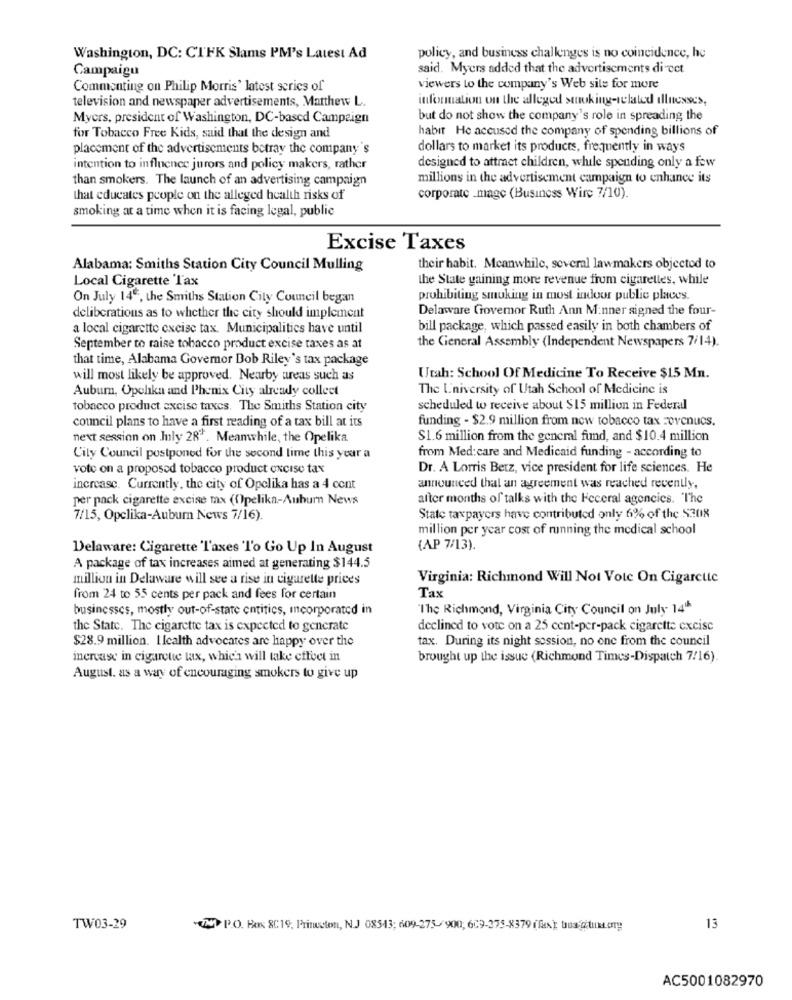
Washington, DC: CTFK Slams PM's Latest Ad
policy, and business challenges is no coincidence, he
Campaigu
said. Myers added that the advertisements direct
Commenting on Philip Morris' latest series of
viewers to the company's Web site for more
television and newspaper advertisements, Matthew L.
information on the alleged stnoking-related illnesses,
Myers, president of Washington, DC-based Campaign
but do not show the company's role in spreading the
habit He accused the company of spending billions of
for Tobacco Free Kids, said that the design and
placement of the advertisements betray the company's
dollars to market its products, frequently in ways
designed to attract children, while spending only a few
intention to influence jurors and policy makers, rather
than smokers. The launch of an advertising campaign
millions in the advertisement campaign to enhance its
that educates people on the alleged health risks of
corporate .mage (Business Wire 7/10).
smoking at a time when it is facing legal, public
Excise Taxes
Alabama: Smiths Station City Council Mulling
their habit. Meanwhile, several lawmakers objectod to
Local Cigarette Tax
the State gaining more revenue from cigarettes, while
On July 140, the Smiths Station City Council began
prohibiting smoking in most indoor public places.
Delaware Governor Ruth Ann M:nner signed the four-
deliberations as to whether the city should implement
a local cigarette excise tax. Municipalities have until
bill package, which passed easily in both chambers of
the General Assembly (Independent Newspapers 7/14).
September to raise tobacco product excise taxes as at
that time, Alabama Govemor Dob Riley's tax package
will most likely be approved. Nearby areas such as
Utah: School Of Medicine To Receive $15 Mn.
Auburn, Opelika and Phenix City already collect
The L'niversity of Utah School of Medicine is
tobacco product excise taxcs. The Smiths Station city
scheduled to receive about $15 million in Federal
council plans to have a first reading of a tax bill at its
funding - $2.9 million from now tobacco tax revenues.
next session on July 28". Meanwhile, the Opelika
$1.6 million from the general fund, and $10.4 million
City Council postponed for the second lime this year a
from Med:care and Medicaid funding - according to
vote on a proposed tobacco product excise tax
Dr. A Lorris Betz, vice president for life sciences. He
increase. Currently, the city of Opelika has a 4 cent
announced that an agreement was reached recently,
per pack cigarette excise mx (Opelika-Auburn News
after months of talks with the Feceral agencies. The
7/15, Opelika-Aubum News 7/16).
State taxpayers have contributed only 6% of the S208
million per year cost of running the medical school
Delaware: Cigarette 'Taxes 'I'o Go Up In August
(AP 7/13).
A package of tax increases aimed at generating $144.5
million in Delaware will see a rise in cigarette prices
Virginia: Richmond Will Not Vote On Cigarette
from 24 to 55 cents per pack and fees for certain
Tax
businesses, mostly out-of-state entities, meorporated in
"The Richmond, Virginia City Council on July 1414
the State. The cigarette tax is expected to generate
declined to vote on a 25 cent-per-pack cigarette excise
$28.9 million. I Icalth advocates are happy over the
tax. During its night sossion, no one from the council
increase in cigarette tax, which will take effect in
brought up the issue (Richmond Times-Dispatch 7/16).
August. as a way of encouraging smokers to give up
TW03-29
(N P.O. Box 8C19, Princeton, N.J 08543; 609-275-900; 609-375-8379 (fx); tua gitukt.org
13
AC5001082970